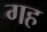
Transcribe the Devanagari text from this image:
गह